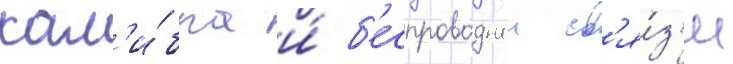
кал'и́бра и́ б'еспроводнои св'я́з'и